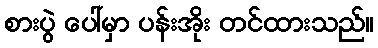
စားပွဲ ပေါ်မှာ ပန်းအိုး တင်ထားသည်။